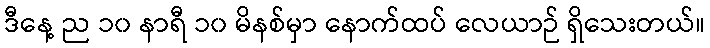
ဒီနေ့ ည ၁၀ နာရီ ၁၀ မိနစ်မှာ နောက်ထပ် လေယာဉ် ရှိသေးတယ်။